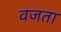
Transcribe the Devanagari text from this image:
वजता